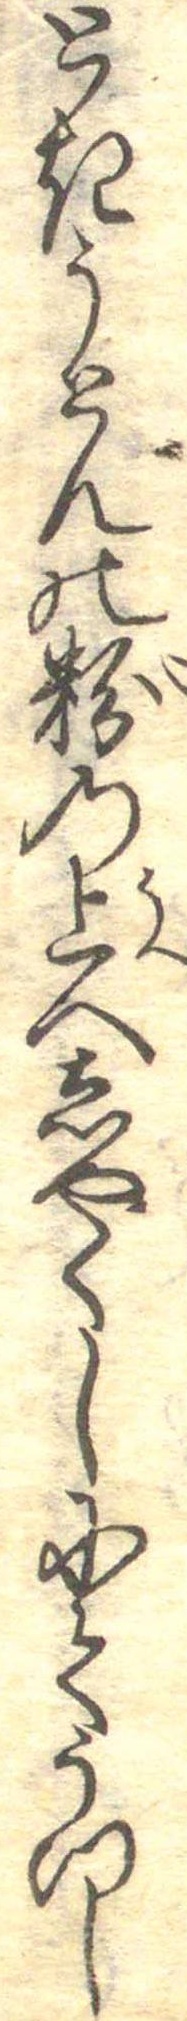
ときうとんの粉の上へしやくしにてうつし